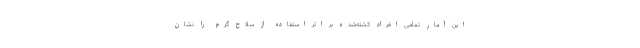
این آمار تمامی افراد کشته‌شده بر اثر استفاده از سلاح گرم را نشان